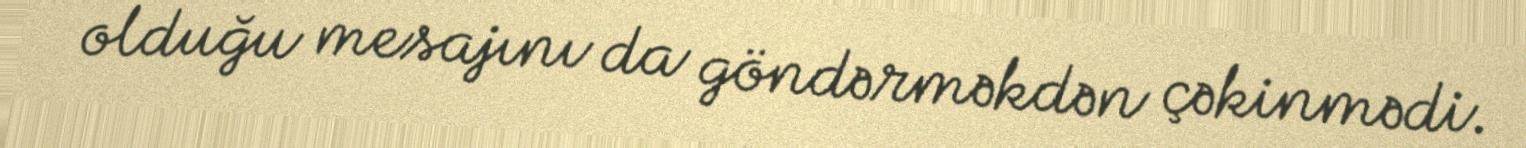
olduğu mesajını da göndərməkdən çəkinmədi.